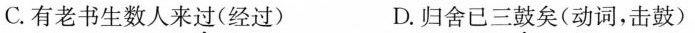
C.有老书生数人来过(经过) D.归舍已三鼓矣(动词，击鼓)